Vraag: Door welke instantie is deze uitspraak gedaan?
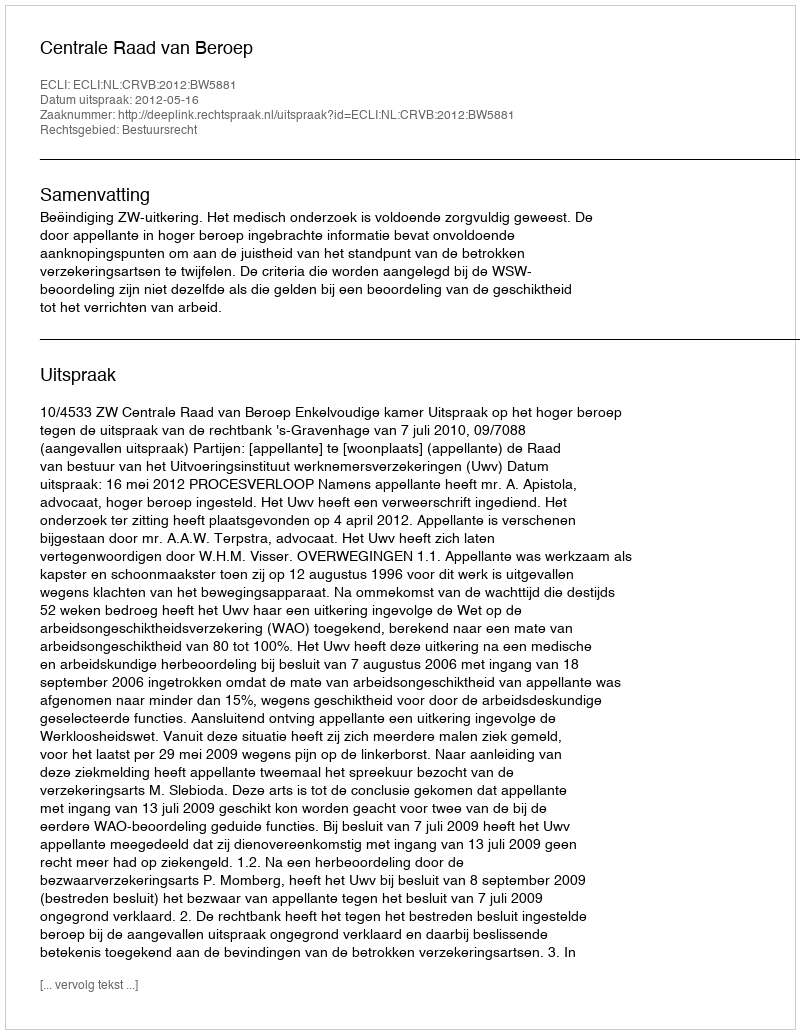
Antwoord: Centrale Raad van Beroep